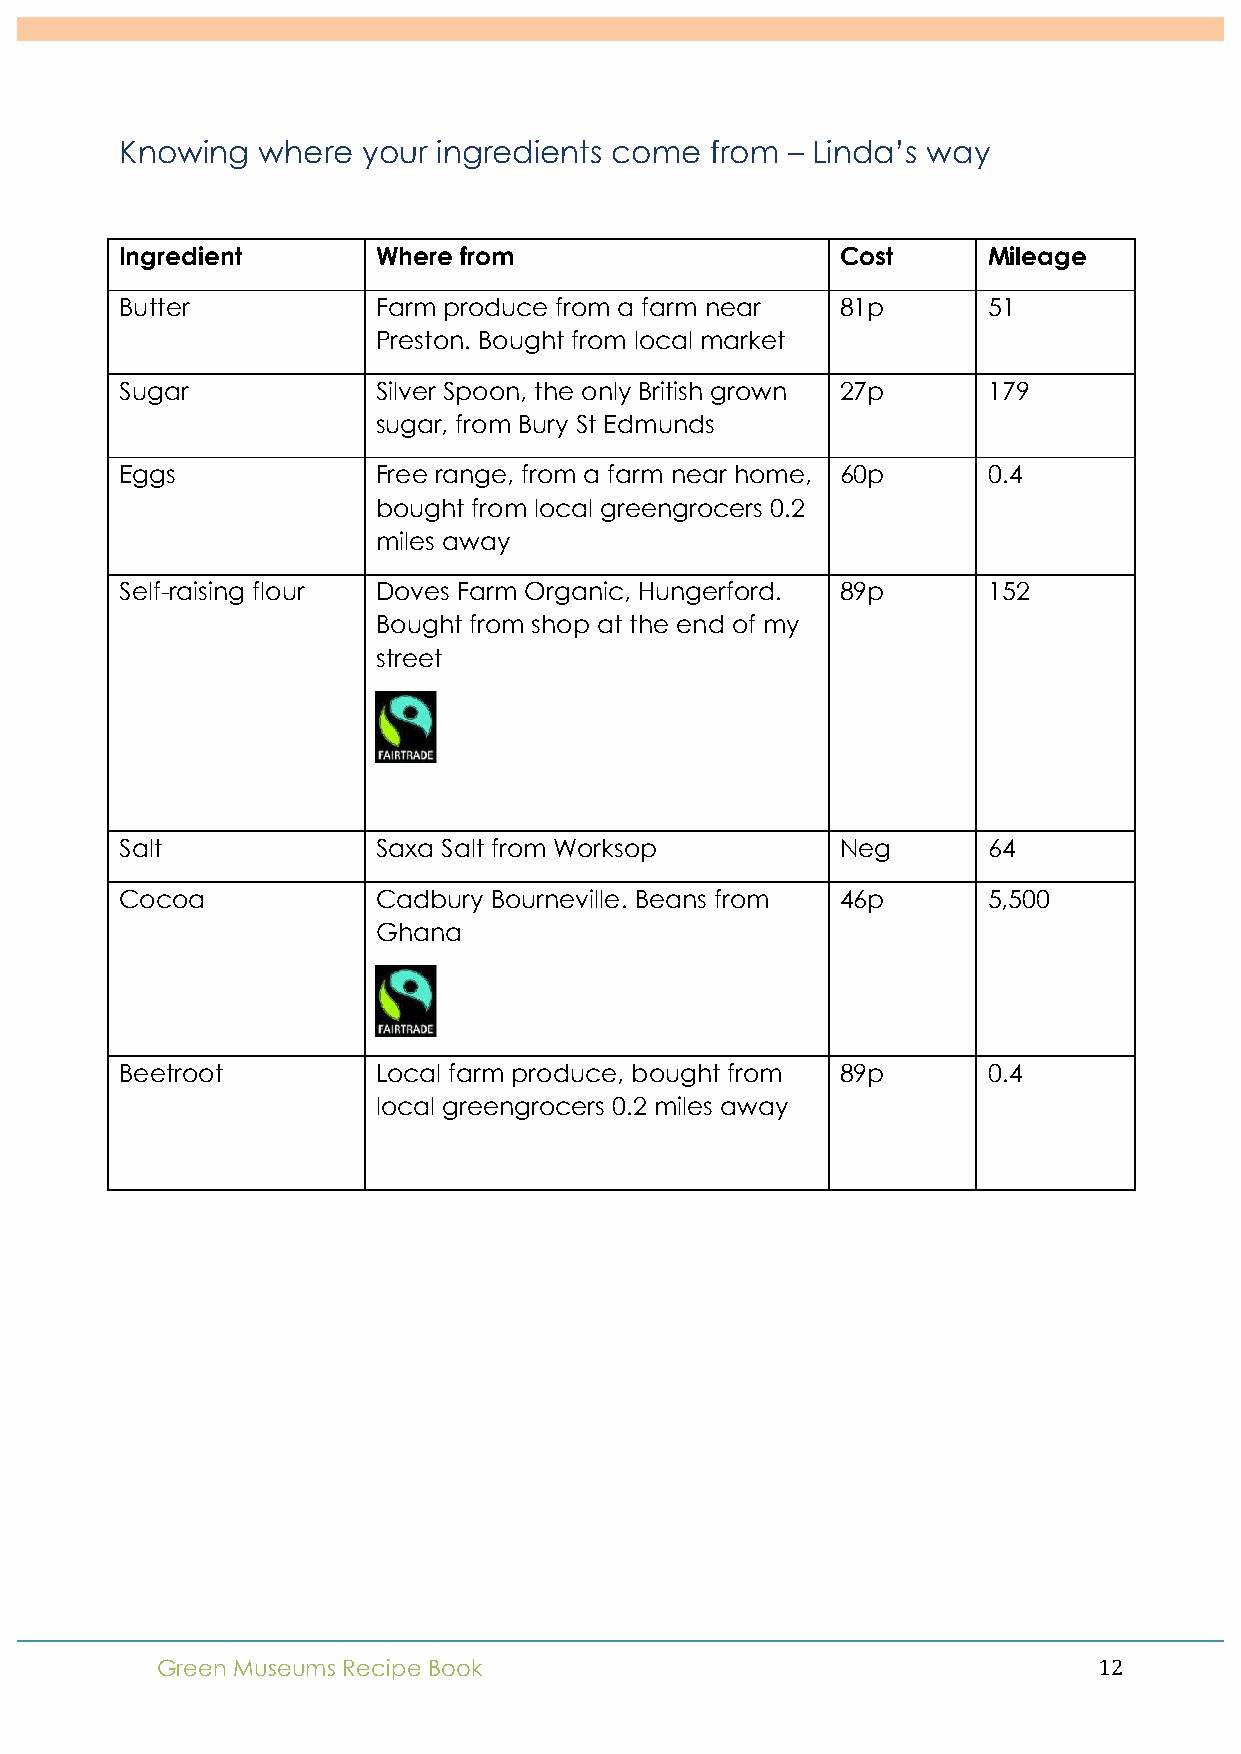
!
 Knowing  where  your ingredients come  from – Linda’s way
 Ingredient       Where from                     Cost     Mileage
 Butter           Farm produce from a farm near  81p      51
 Preston. Bought from local market
 Sugar            Silver Spoon, the only British grown 27p 179
 sugar, from Bury St Edmunds
 Eggs             Free range, from a farm near home, 60p  0.4
 bought from local greengrocers 0.2
 miles away
 Self-raising flour Doves Farm Organic, Hungerford. 89p   152
 Bought from shop at the end of my
 street
 Salt             Saxa Salt from Worksop         Neg      64
 Cocoa            Cadbury Bourneville. Beans from 46p     5,500
 Ghana
 Beetroot         Local farm produce, bought from 89p     0.4
 local greengrocers 0.2 miles away
 Green Museums Recipe Book                                      12!